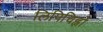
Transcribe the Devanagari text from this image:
लिपिचिह्नों